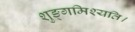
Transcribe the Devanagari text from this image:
शुङ्गमिश्यति।